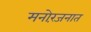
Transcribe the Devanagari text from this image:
मनोरंजनात